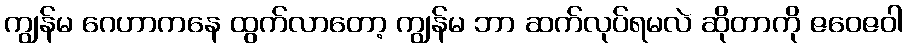
ကျွန်မ ဂေဟာကနေ ထွက်လာတော့ ကျွန်မ ဘာ ဆက်လုပ်ရမလဲ ဆိုတာကို ဇဝေဇဝါ